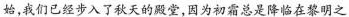
始，我们已经步入了秋天的殿堂，因为初霜总是降临在黎明之